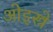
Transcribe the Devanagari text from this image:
ओइस्त्रे